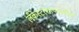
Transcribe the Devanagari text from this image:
लँकेस्टरशायरमधील